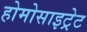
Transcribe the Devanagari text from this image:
होमोसाइट्रेट